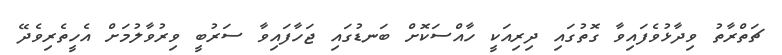
ޗަތްރާތު ވިދާޅުވެފައިވާ ގޮތުގައި ދިރިއަކީ ހާއްސަކޮށް ބަނޑުގައި ޖަހާފައިވާ ސަރުބީ ވިރުވާލުމަށް އެހީތެރިވެދޭ